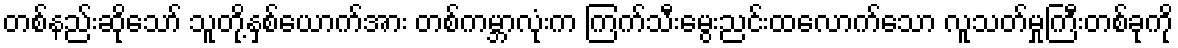
တစ်နည်းဆိုသော် သူတို့နှစ်ယောက်အား တစ်ကမ္ဘာလုံးက ကြက်သီးမွေးညင်းထလောက်သော လူသတ်မှုကြီးတစ်ခုကို